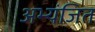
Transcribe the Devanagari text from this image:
अभ्यंजित